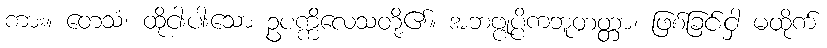
ကား။ တေသံ၊ ထိုငါးပါးသော ဥပက္ကိလေသတို့၏။ အဘဗ္ဗုပ္ပိကဘူတတ္တာ၊ ဖြစ်ခြင်းငှါ မထိုက်